Indian journal of veterinary science and animal husbandry - Volumes 22-23, 1952-1953
Year: 1952
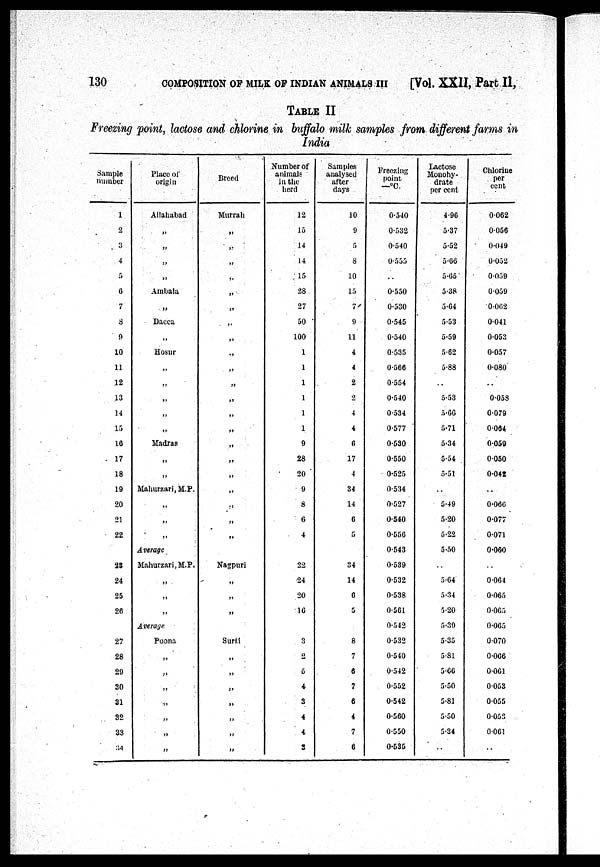
130
COMPOSITION OP MILK OP INDIAN ANIMALS III
[Vol. XXII, Part II,
TABLE II
Freezing point, lactose and chlorine in buffalo milk samples from different farms in
India
Sample
number
1
2
3
4
5
6
7
8
9
10
11
12
13
14
15
16
17
18
19
20
21
22
23
24
25
26
27
28
29
30
31
32
33
34
Place of
origin
Allahabad
„
„
„
„
Ambala
„
Dacca
„
Hosur
„
„
„
„
„
Madras
„
„
Mahurzari, M.P.
„
„
„
Average
Mahurzari, M.P.
„
„
„
Average
Poona
„
„
„
„
„
„
„
Breed
Murrah
„
„
„
„
„
„
..
„
„
„
„
„
„
„
„
„
„
„
„
„
„
Nagpuri
„
„
„
Surti
„
„
„
„
„
„
„
Number of
animals
in the
herd
12
15
14
14
15
28
27
50
100
1
1
1
1
1
1
9
28
20
9
8
6
4
22
24
20
16
3
2
5
4
3
4
4
3
Samples
analysed
after
days
10
9
5
8
10
15
7
9
11
4
4
2
2
4
4
6
17
4
34
14
6
5
34
14
6
5
8
7
6
7
6
4
7
6
Freezing
point
—ºC.
0.540
0.532
0.540
0.555
..
0.550
0.530
0.545
0.540
0.535
0.566
0.554
0.540
0.534
0.577
0.530
0.550
0.525
0.534
0.527
0.540
0.556
0.543
0.539
0.532
0.538
0.561
0.542
0.532
0.540
0.542
0.552
0.542
0.560
0.550
0.535
Lactose
Monohy-
drate
per cent
4.96
5.37
5.52
5.66
5.65
5.38
5.64
5.53
5.59
5.62
5.88
..
5.53
5.66
5.71
5.34
5.54
5.51
. .
5.49
5.20
5.22
5.50
5.64
5.34
5.20
5.39
5.35
5.81
5.66
5.50
5.81
5.50
5.34
..
Chlorine
per
cent
0.062
0.056
0.049
0.052
0.059
0.059
0.062
0.041
0.053
0.057
0.080
..
0.058
0.079
0.064
0.059
0.050
0.042
. .
0.066
0.077
0.071
0.060
0.064
0.065
0.065
0.065
0.070
0.066
0.061
0.053
0.055
0.053
0.061
..